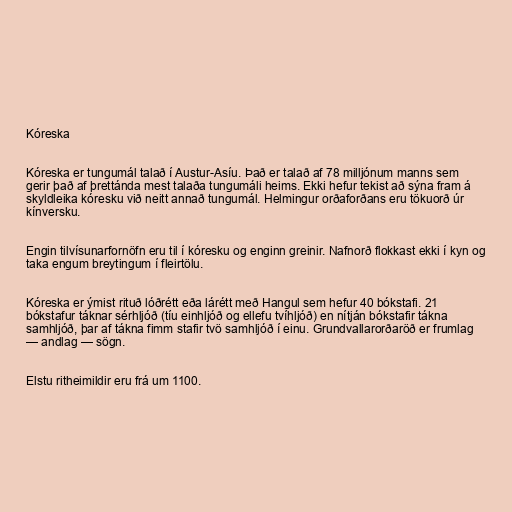
Kóreska

Kóreska er tungumál talað í Austur-Asíu. Það er talað af 78 milljónum manns sem
gerir það af þrettánda mest talaða tungumáli heims. Ekki hefur tekist að sýna fram á
skyldleika kóresku við neitt annað tungumál. Helmingur orðaforðans eru tökuorð úr
kínversku.

Engin tilvísunarfornöfn eru til í kóresku og enginn greinir. Nafnorð flokkast ekki í kyn og
taka engum breytingum í fleirtölu.

Kóreska er ýmist rituð lóðrétt eða lárétt með Hangul sem hefur 40 bókstafi. 21
bókstafur táknar sérhljóð (tíu einhljóð og ellefu tvíhljóð) en nítján bókstafir tákna
samhljóð, þar af tákna fimm stafir tvö samhljóð í einu. Grundvallarorðaröð er frumlag
— andlag — sögn.

Elstu ritheimildir eru frá um 1100.